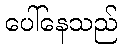
ပေါ်နေသည်